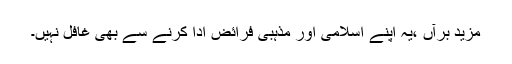
مزید برآں ،یہ اپنے اسلامی اور مذہبی فرائض ادا کرنے سے بھی غافل نہیں۔